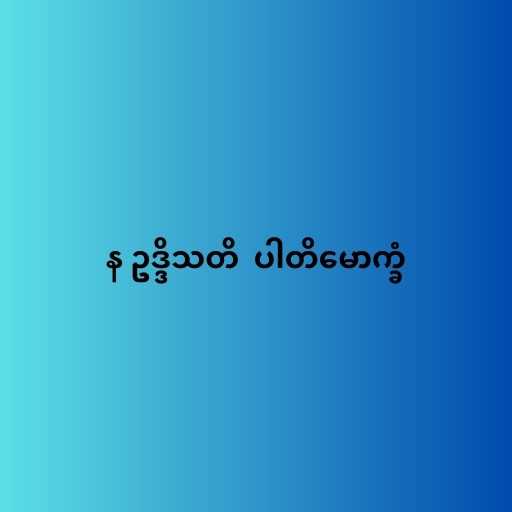
န ဥဒ္ဒိသတိ  ပါတိမောက္ခံ